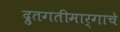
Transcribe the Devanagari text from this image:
द्रुतगतीमार्गाचे